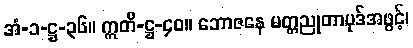
အံ-၁-ဋ္ဌ-၃၆။ ဣတိ-ဋ္ဌ-၄၀။ ဘောဇနေ မတ္တညုတာပုဒ်အဖွင့်၊